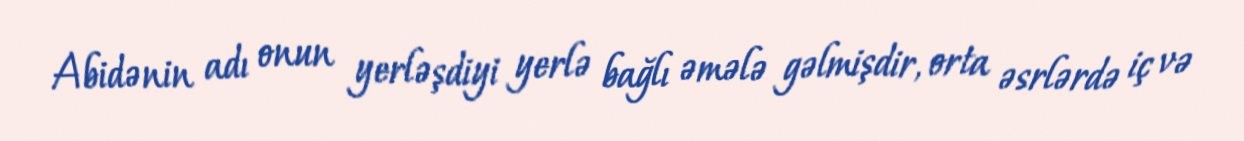
Abidənin adı onun yerləşdiyi yerlə bağlı əmələ gəlmişdir, orta əsrlərdə iç və